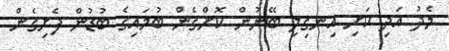
މެދު އަދި ކަށި އިނގިލި ބޭނުން ކޮށްގެން ބުމައިގެ ބުޑުން ފެށިގެން